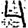
Digit: 4